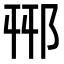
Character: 𨚾